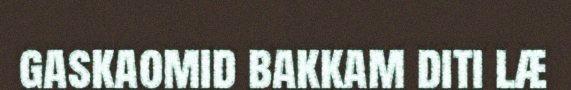
gaskaomid bakkam diti læ